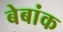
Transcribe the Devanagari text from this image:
बेबांक